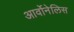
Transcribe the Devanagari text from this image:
आर्वोनेलिस